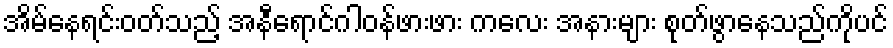
အိမ်နေရင်းဝတ်သည့် အနီရောင်ဂါဝန်ဖားဖား ကလေး အနားများ စုတ်ဖွာနေသည်ကိုပင်